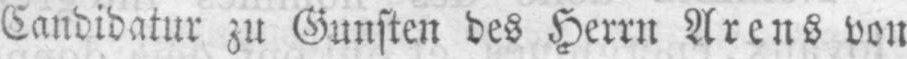
Candidatur zu Gunsten des Herrn Arens von